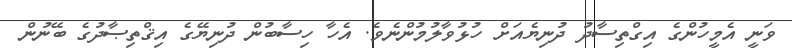
ވަނީ އެމީހުންގެ އިގްތިސާދު ދުނިޔެއަށް ހުޅުވާލުމުންނެވެ. އެހާ ހިސާބުން ދުނިޔޭގެ އިޤްތިޞާދުގެ ބޭނުން